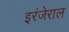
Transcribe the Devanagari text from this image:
इरंजेराल